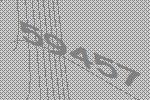
59457